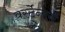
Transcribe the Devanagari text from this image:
वर्स्टेन्बर्ग